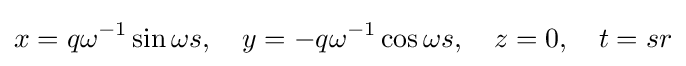
x=q\omega ^{-1}\sin \omega s,\quad y=-q\omega ^{-1}\cos \omega s,\quad z=0,\quad t=sr